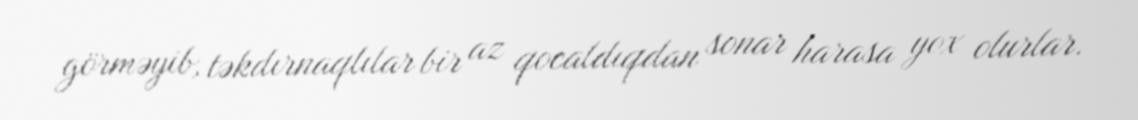
görməyib, təkdırnaqlılar bir az qocaldıqdan sonar harasa yox olurlar.